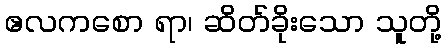
ဧလကစော ရာ၊ ဆိတ်ခိုးသော သူတို့